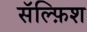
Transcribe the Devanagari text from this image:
सॅल्फ़िश